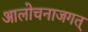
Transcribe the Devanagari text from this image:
आलोचनाजगत्